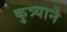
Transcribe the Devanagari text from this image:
कुत्र्याने